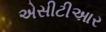
એસીટીઆર